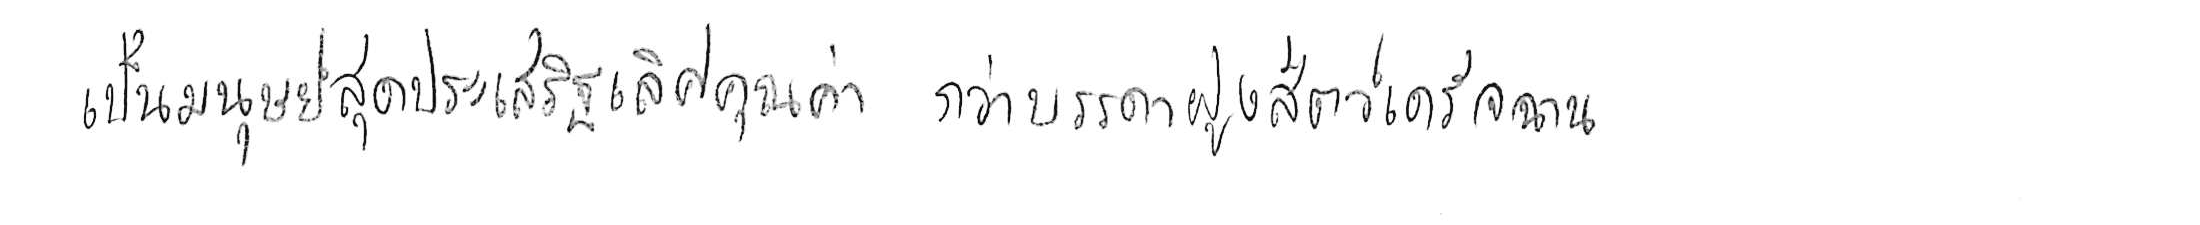
เป็นมนุษย์สุดประเสริฐเลิศคุณค่า กว่าบรรดาฝูงสัตว์เดรัจฉาน